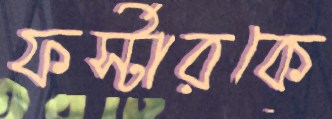
ফর্স্টারকে